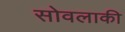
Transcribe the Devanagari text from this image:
सोवलाकी